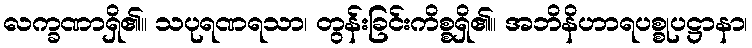
လက္ခဏာရှိ၏။ သပုရဏရသာ၊ တွန်းခြင်းကိစ္စရှိ၏။ အဘိနိဟာရပစ္စုပဋ္ဌာနာ၊